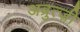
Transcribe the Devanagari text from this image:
अब्रुत्ज़ी